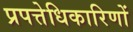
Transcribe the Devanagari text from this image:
प्रपत्तेधिकारिणों